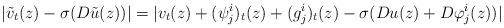
LaTeX: \begin{align*}|\tilde v_t(z)-\sigma(D\tilde u(z))|=|v_t(z)+(\psi^i_j)_t(z)+(g^i_j)_t(z)-\sigma(Du(z)+D\varphi^i_j(z))|\end{align*}